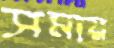
সমায়